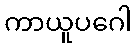
ကာယူပဂေါ